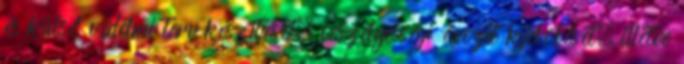
és külső védelmi terv készítését, veszélyességi övezet kijelölését, illetve